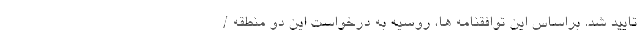
تایید شد. براساس این توافقنامه ها، روسیه به درخواست این دو منطقه /